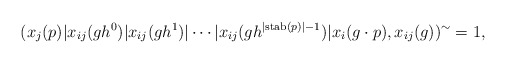
\begin{align*} (x_j(p)\vert x_{ij}(gh^0)\vert x_{ij}(gh^1)\vert \cdots\vert x_{ij}(gh^{\vert \mathrm{stab}(p)\vert-1} )\vert x_i(g\cdot p),x_{ij}(g))^\sim=1,\\\end{align*}